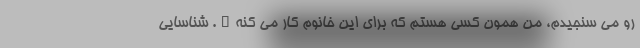
رو می سنجیدم، من همون کسی هستم که برای این خانوم کار می کنه". شناسایی